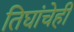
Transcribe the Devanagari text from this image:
तिघांचेही